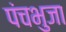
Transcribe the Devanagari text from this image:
पंचभुजा